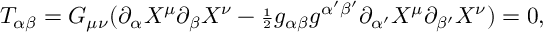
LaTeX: T _ { \alpha \beta } = G _ { \mu \nu } ( \partial _ { \alpha } X ^ { \mu } \partial _ { \beta } X ^ { \nu } - { \scriptstyle \frac { 1 } { 2 } } g _ { \alpha \beta } g ^ { \alpha ^ { \prime } \beta ^ { \prime } } \partial _ { \alpha ^ { \prime } } X ^ { \mu } \partial _ { \beta ^ { \prime } } X ^ { \nu } ) = 0 ,